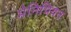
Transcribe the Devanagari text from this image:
मेनिपियन